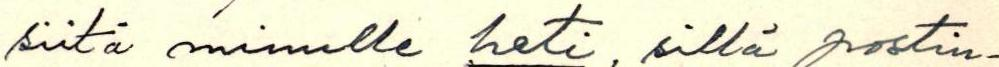
siitä minulle heti, sillä postin-